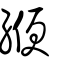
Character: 緶